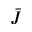
\bar { J }